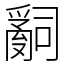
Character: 𤔲